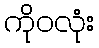
ကိုဝလုံး